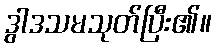
ဒွါဒသမသုတ်ပြီး၏။